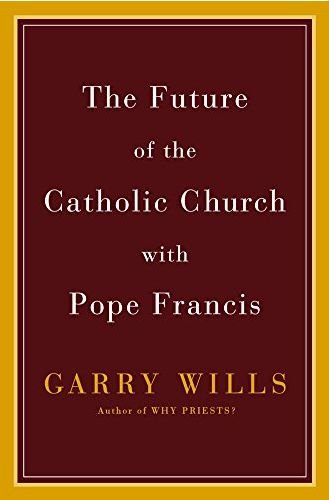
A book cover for The Future of the Catholic Church with Pope Francis; Garry Wills; Christian Books & Bibles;